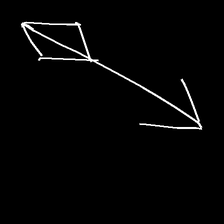
Glyph: focus